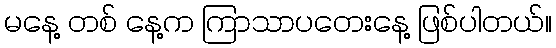
မနေ့ တစ် နေ့က ကြာသာပတေးနေ့ ဖြစ်ပါတယ်။